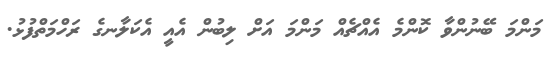
މަންމަ ބޭނުންވާ ކޮންމެ އެއްޗެއް މަންމަ އަށް ލިބުން އެއީ އެކަލާނގެ ރަހްމަތްފުޅު.